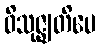
ဝိသုဇ္ဈတိပေ